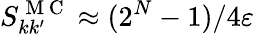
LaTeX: S_{kk^{\prime}}^{\mathrm{~M~C~}}\approx(2^{N}-1)/4\varepsilon